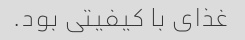
غذای با کیفیتی بود.